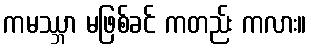
ကမဿ္ဘာ မဖြစ်ခင် ကတည်း ကလား။